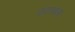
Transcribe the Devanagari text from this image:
उठायला